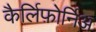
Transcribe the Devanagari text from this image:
कैर्लिफ़ोर्निअ